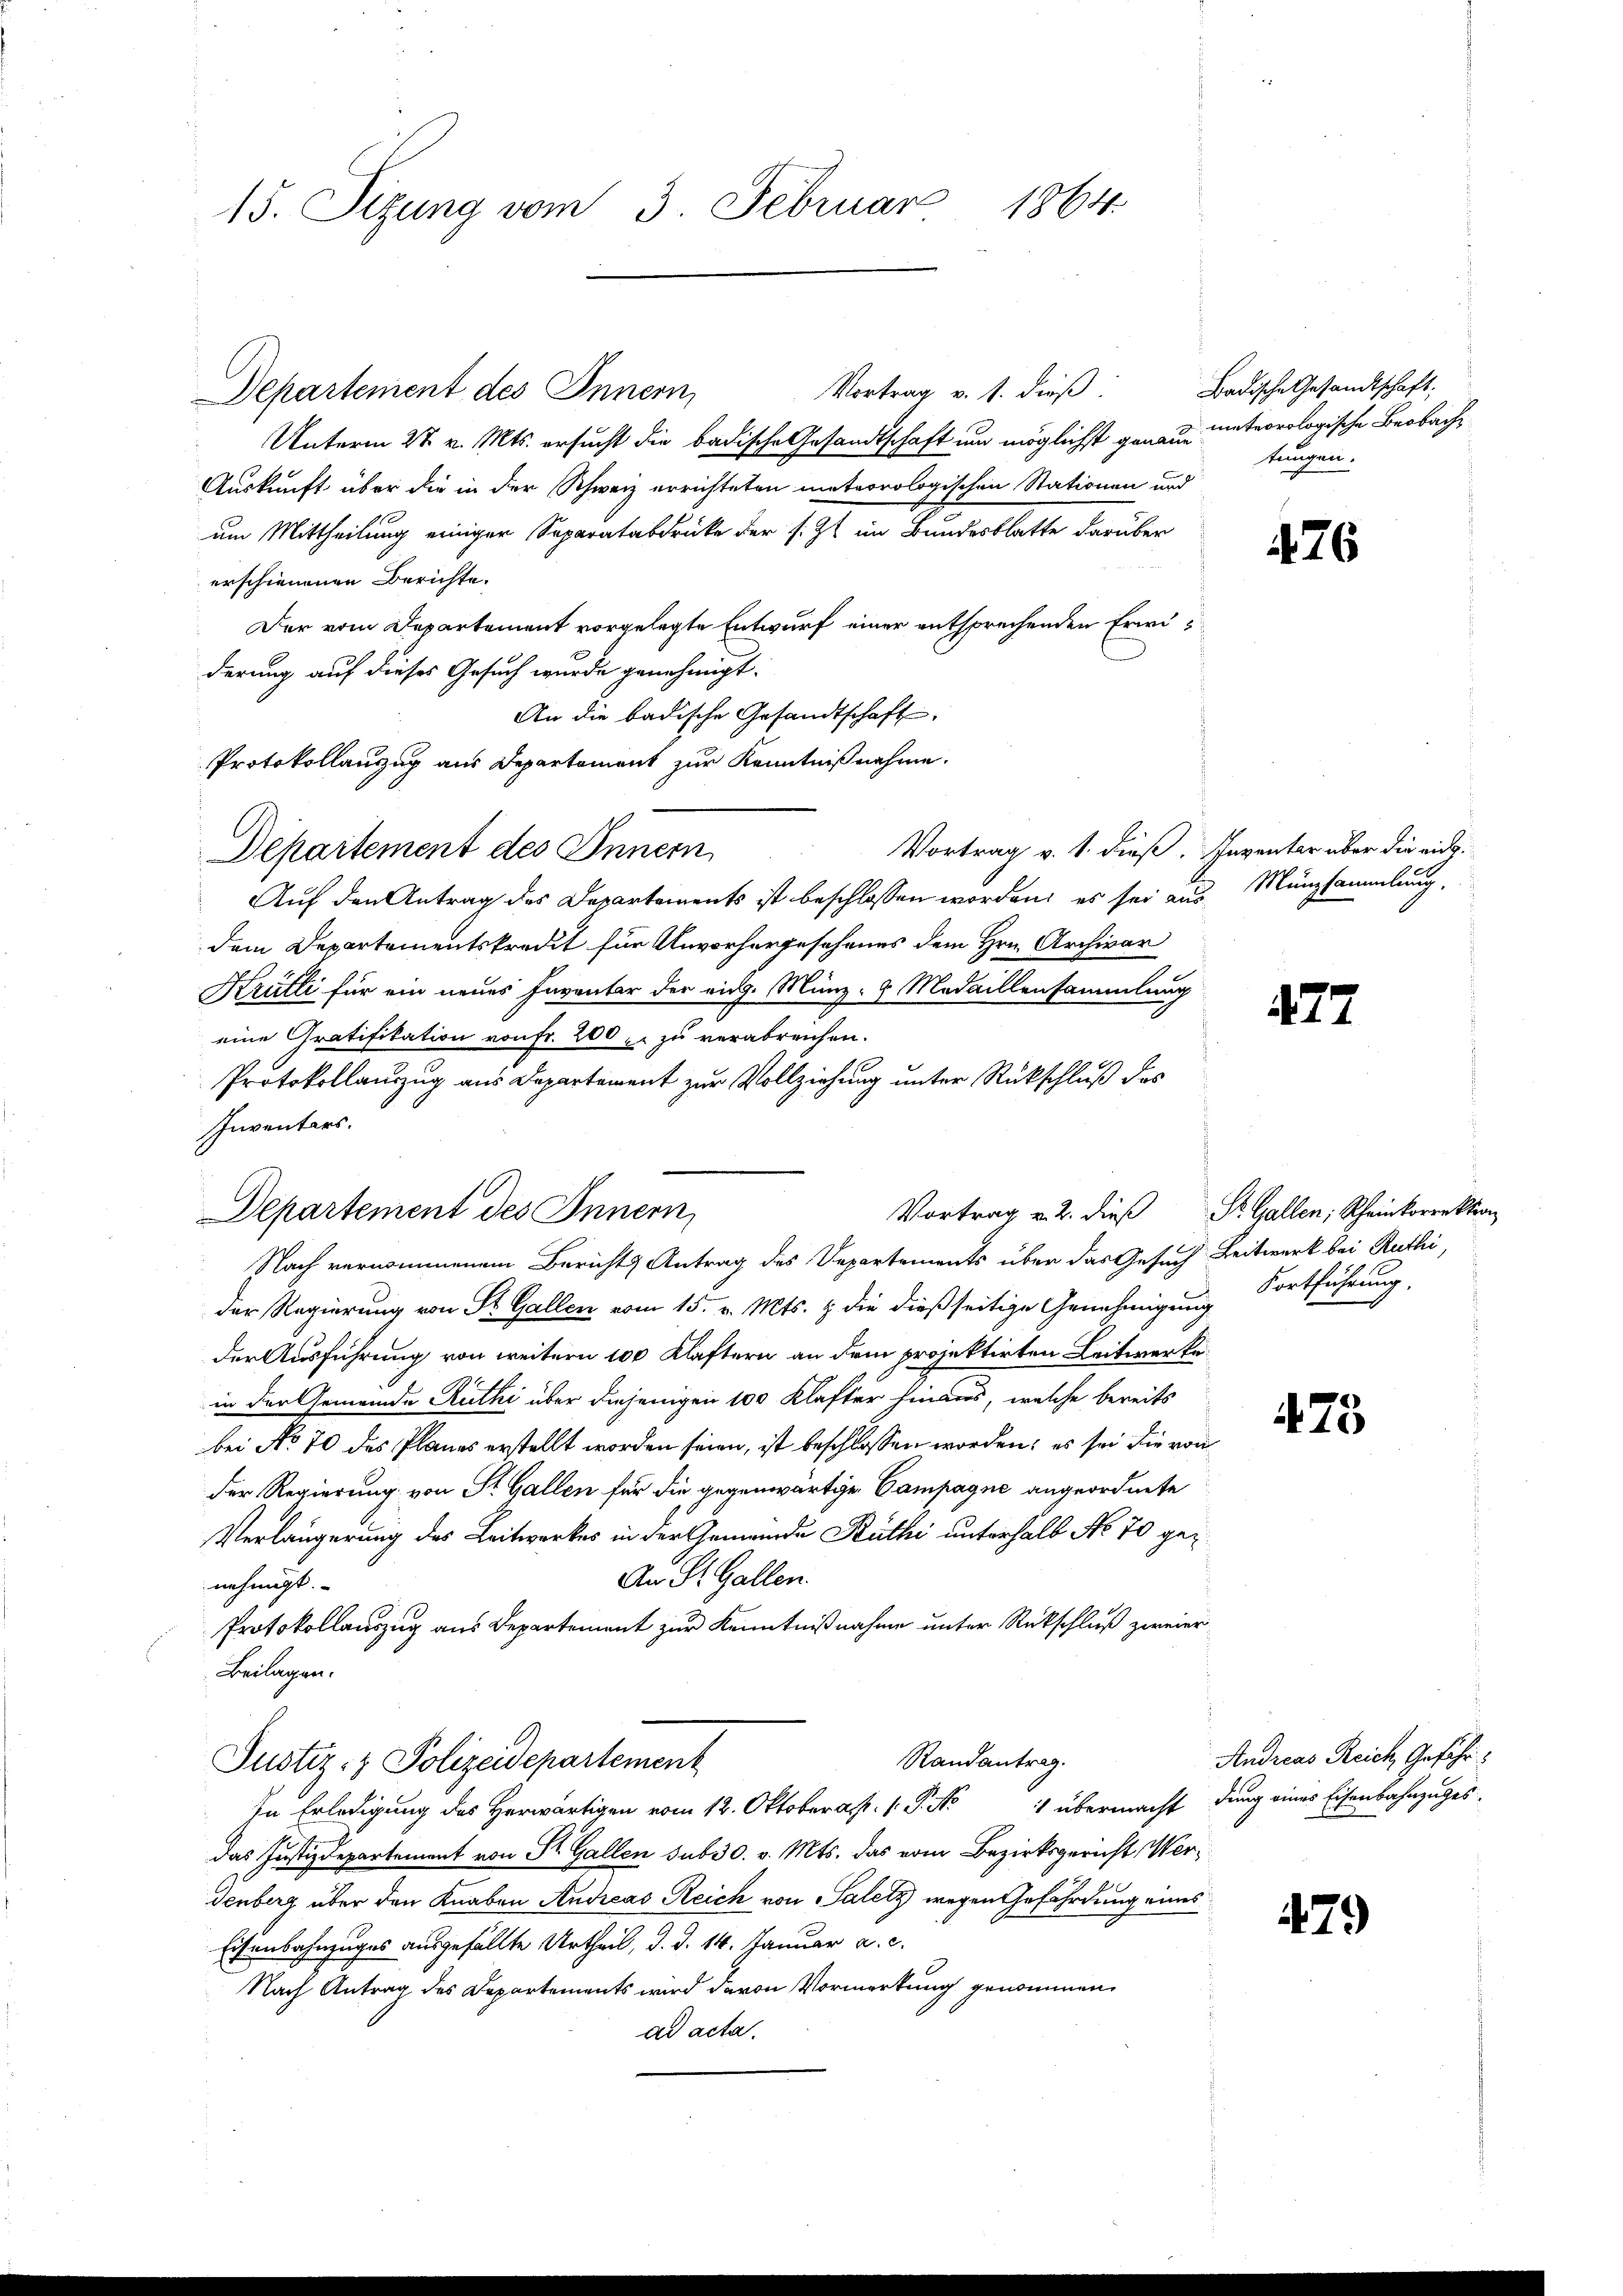
15. Sitzung vom 3. Februar 1864.

Vortrag v. 1. dieß:
Departement des Innern,
Unterm 28. v. Mts. ersucht die badische Gesandtschaft und möglichst genau unteorologische Beobach
Auskunft über die in der Schweiz errichteten meteorologischen Stationen und
um Mittheilung einiger Separatabdrücke der s.Z. im Bundesblatte darüber
erschienenen Berichte.
Der vom Departement vorgelegte Entwurf einer entsprechenden Erwiderung auf dieses Gesuch wurde genehmigt.
An die badische Gesandtschaft,
Protokollanzug aus Departement zur Kenntnißnahme.
Auf den Antrag des Departements ist beschlossen worden; es sei aus Münzsammlung,
dem Departementskredit für Unvorhergesehenes dem Hrn. Archivar
Krüti für ein neues Inventar der eidg. Münz- u Medaillensammlung
eine Gratifikation von fr. 200 - zu verabreichen.
Protokollauszug aus Departement zur Vollziehung unter Rückschluß des
Inventars.
Nach vernommenem Berichts Antrag des Departements über das Gesuch Zeitwerk bei Ruthi,
der Regierung von St. Gallen vom 15. v. Mts. & die dießseitige Genehmigung Fortführung,
der Ausführung von weitern 100 Klaftern an dem projektirten Leitwerke
in der Gemeinde Ruthi über diejenigen 100 Klafter hinaus, welche bereits
bei No 70 des Planes erstellt worden seien, ist beschlossen worden; es sei die von
der Regierung von St. Gallen für die gegenwärtige Campagne angeordnete
Verlängerung des Leitwerkes in der Gemeinde Rüthi unterhalb No. 70 ge¬
An St. Gallen.
nehmigt.
Protokollauszug aus Departement zur Kenntnißnahme unter Rückschluß zweier
Beilagen.
Randantrag.
Justiz- & Polizeidepartement
In Erledigung des Herwärtigen vom 12. Oktober. P. No 4 übermacht dung eines Eisenbahnzuges
das Justizdepartement von Sr. Gallen sub 30. v. Mts. das vom Bezirksgericht, Werdenberg über den Knaben Andreas Reich von Salety wegen Gefährdung eines
Eisenbahnzuges ausgefällte Urtheil, d. d. 14. Januar a. c.
Nach Antrag des Departements wird davon Vormerkung genommen,
ad acta.

Departement des Innern

Departement des Innern,

Badische Gesandtschaft:
tungen.

476

Vortrag v. 1. dieß. Inventar aber die ein¬

477

Vortrag v. 2. dieß St. Gallen; Scheinkorrektion

475

Andreas Reich Geführ

479